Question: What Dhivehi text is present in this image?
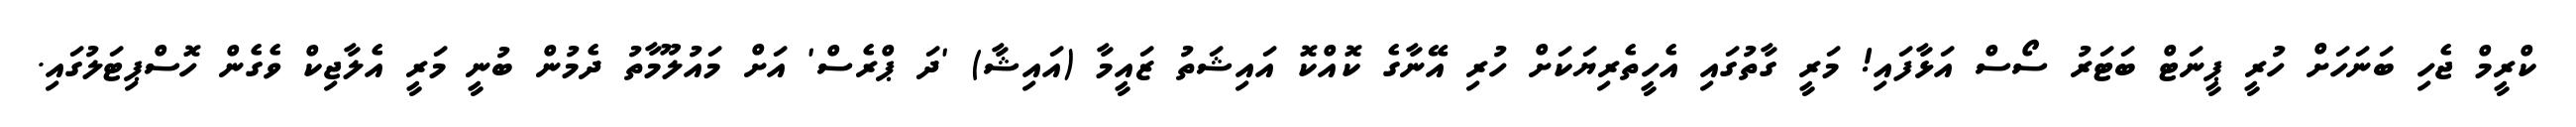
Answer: ކްރީމް ޖެހި ބަނަހަށް ހުރީ ޕީނަޓް ބަޓަރު ސޯސް އަޅާފައި! މަރީ ގާތުގައި އެހީތެރިޔަކަށް ހުރި އޭނާގެ ކޮއްކޮ އައިޝަތު ޒައީމާ (އައިޝާ) 'ދަ ޕްރެސް' އަށް މައުލޫމާތު ދެމުން ބުނީ މަރީ އެލާޖިކް ވެގެން ހޮސްޕިޓަލުގައި.